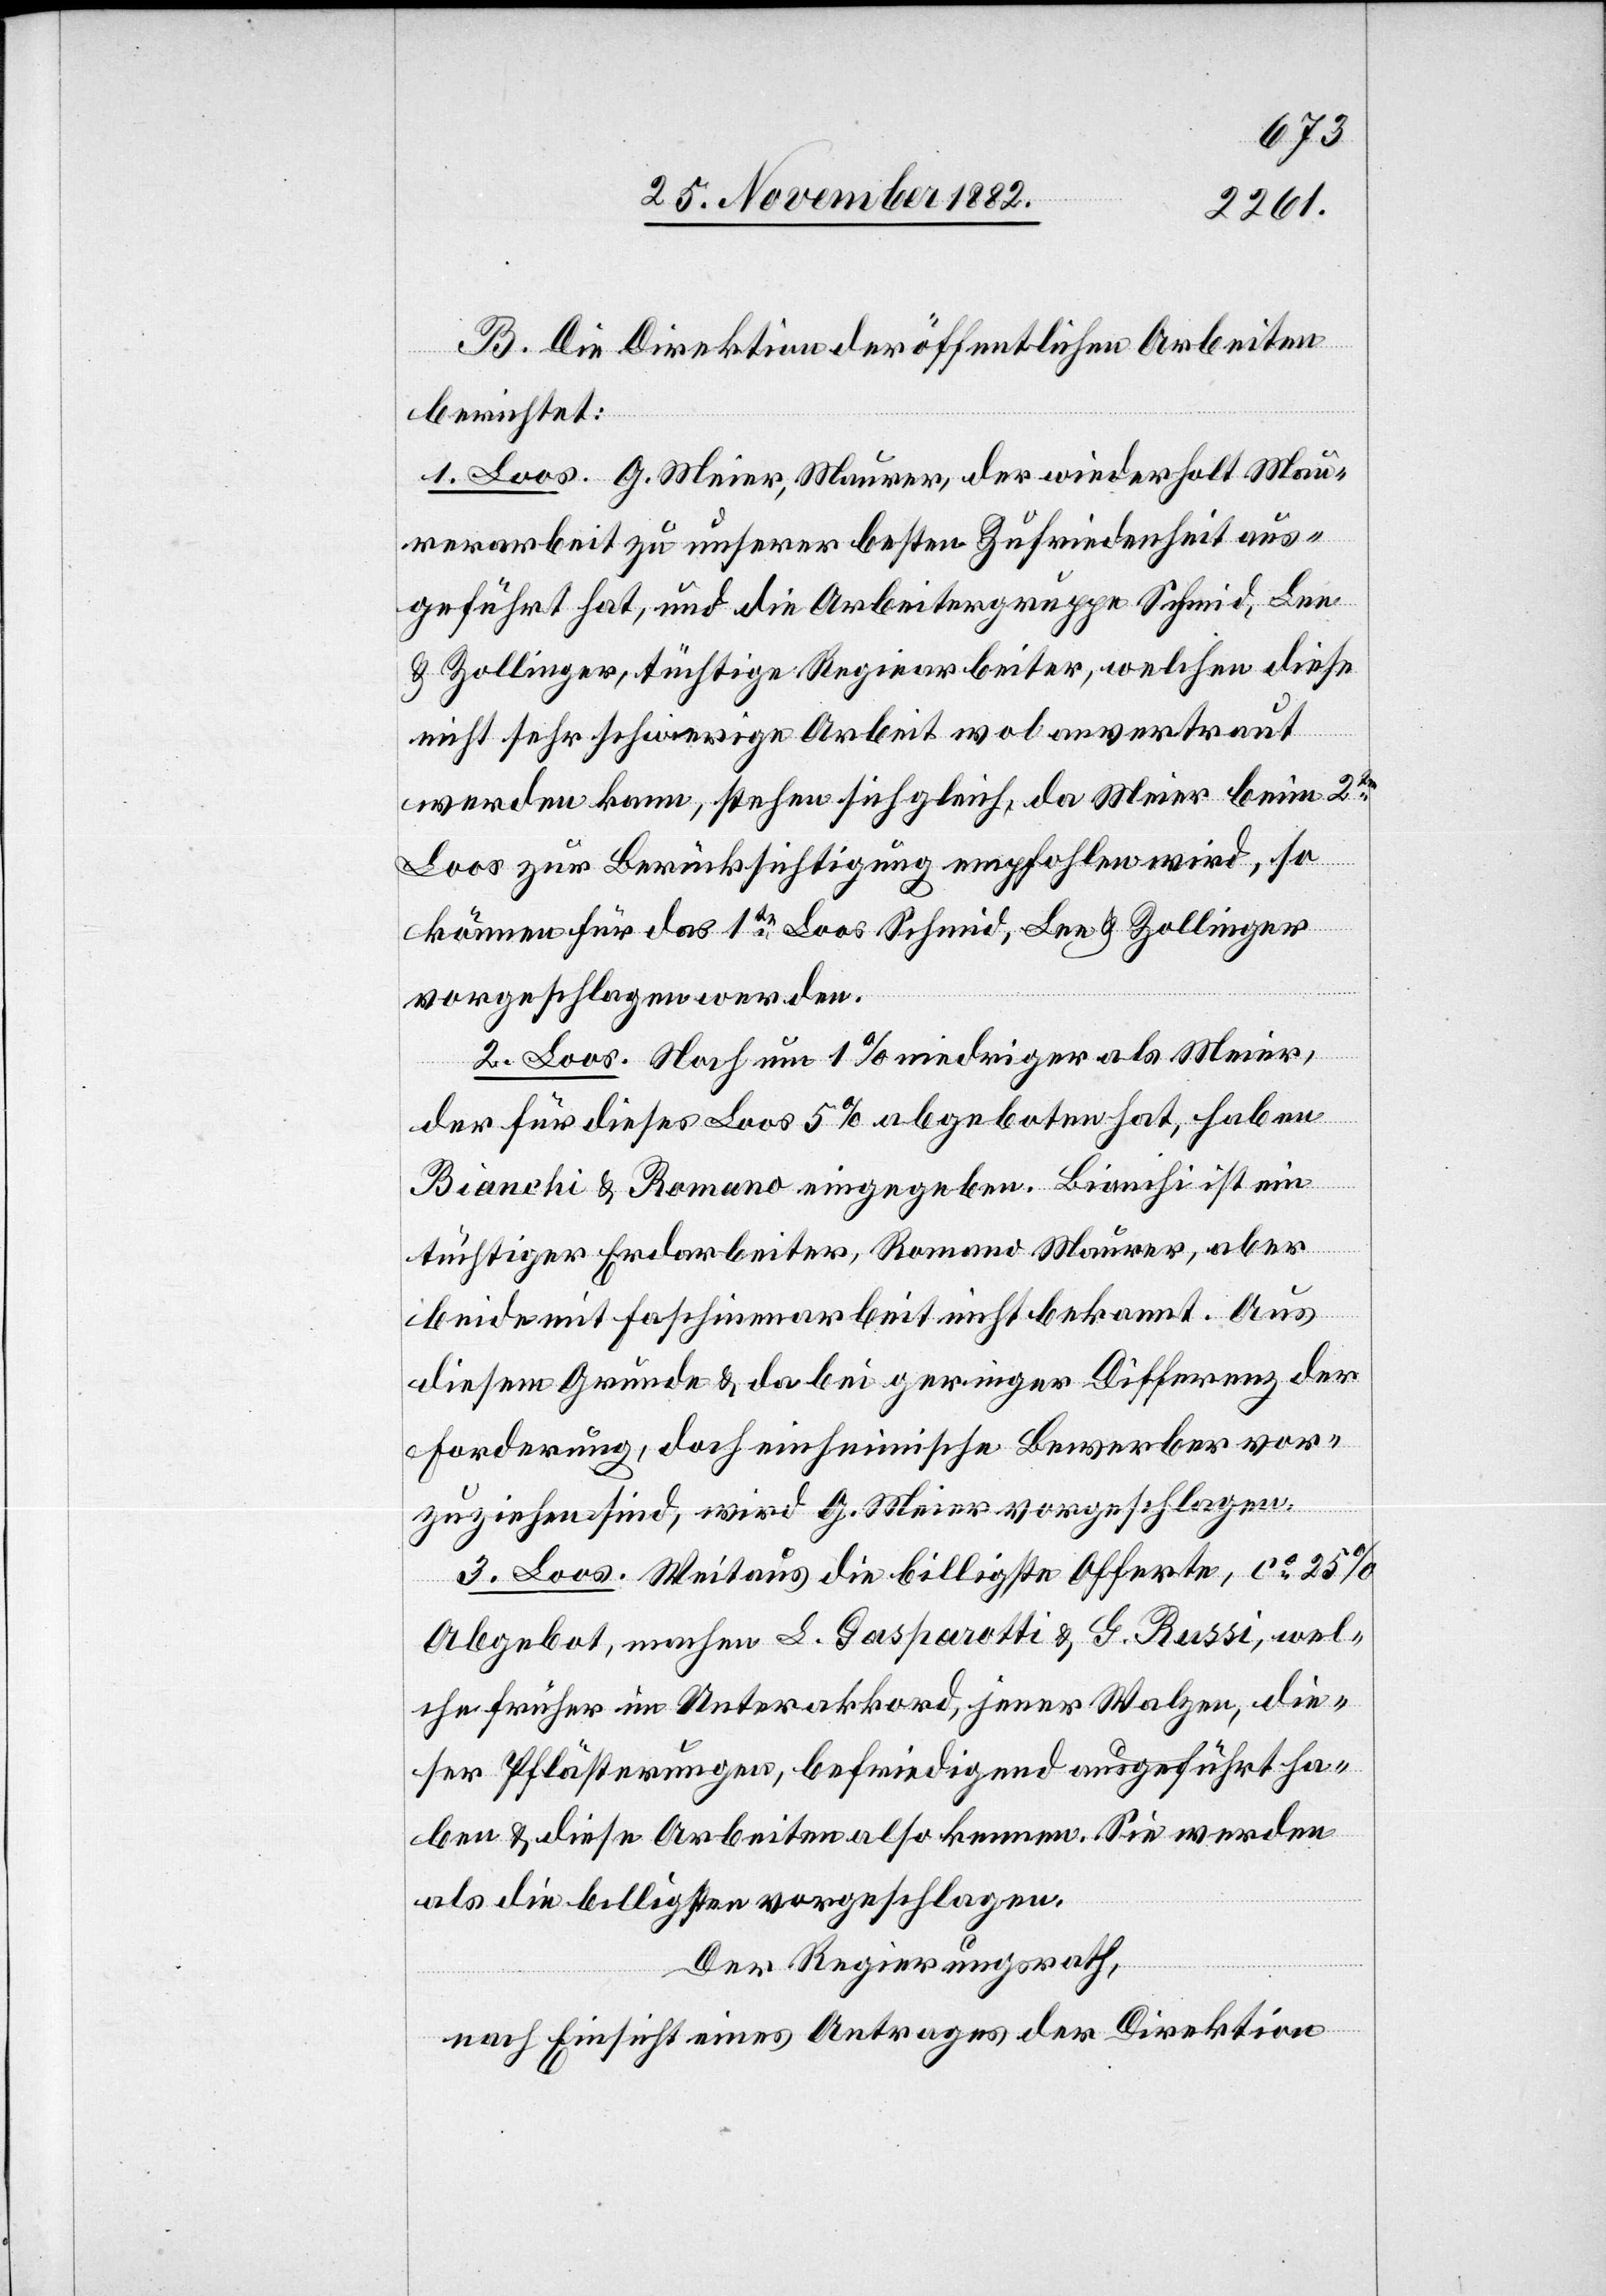
B. Die Direktion der öffentlichen Arbeiten
aber
berichtet:
1. Loos. G. Meier, Maurer, der wiederholt Mau¬
rerarbeit zu unserer besten Zufriedenheit aus¬
geführt hat, und die Arbeitergruppe Schmid, Leu
& Zollinger, tüchtige Regiearbeiter, welchen diese
nicht sehr schwierige Arbeit wol anvertraut
werden kann, stehen sich gleich, da Meier beim 2ten
Loos zur Berücksichtigung empfohlen wird, so
können für das 1te Loos Schmid, Leu & Zollinger
vorgeschlagen werden.
2. Loos. Noch um 1% niedriger als Meier,
der für dieses Loos 5% abgeboten hat, haben
Bianchi & Romano eingegeben. Bianchi ist ein
tüchtiger Erdarbeiter, Romano Maurer [eben¬
beide mit Faschinenarbeit nicht bekannt. Aus
diesem Grunde & da bei geringer Differenz der
Forderung, doch einheimische Bewerber vor¬
zuziehen sind, wird G. Meier vorgeschlagen.
3. Loos. Weitaus die billigste Offerte, ca 25%
Abgebot, machen L. Gasparotti & G. Russi, wel¬
che früher im Unterakkord, jener Walzen, die¬
ser Pflästerungen, befriedigend ausgeführt ha¬
ben & diese Arbeiten also kennen. Sie werden
als die billigsten vorgeschlagen.
Der Regierungsrath,
nach Einsicht eines Antrages der Direktion